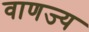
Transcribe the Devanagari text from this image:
वाणज्य